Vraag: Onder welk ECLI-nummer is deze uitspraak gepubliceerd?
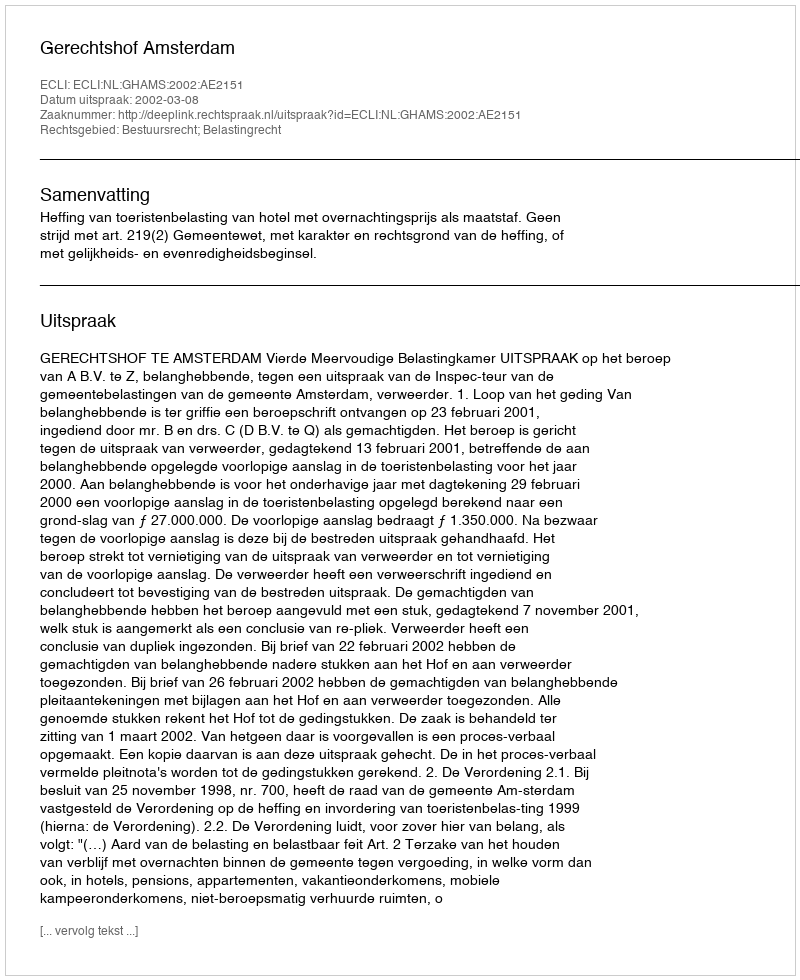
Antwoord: ECLI:NL:GHAMS:2002:AE2151